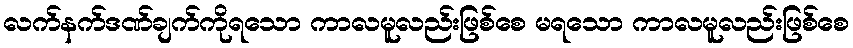
လက်နက်ဒဏ်ချက်ကိုရသော ကာလမူလည်းဖြစ်စေ မရသော ကာလမူလည်းဖြစ်စေ